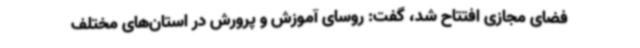
فضای مجازی افتتاح شد، گفت: روسای آموزش و پرورش در استان‌های مختلف